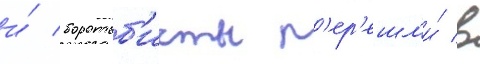
и́ боротьб'исты п'ер'ешл'и́ в